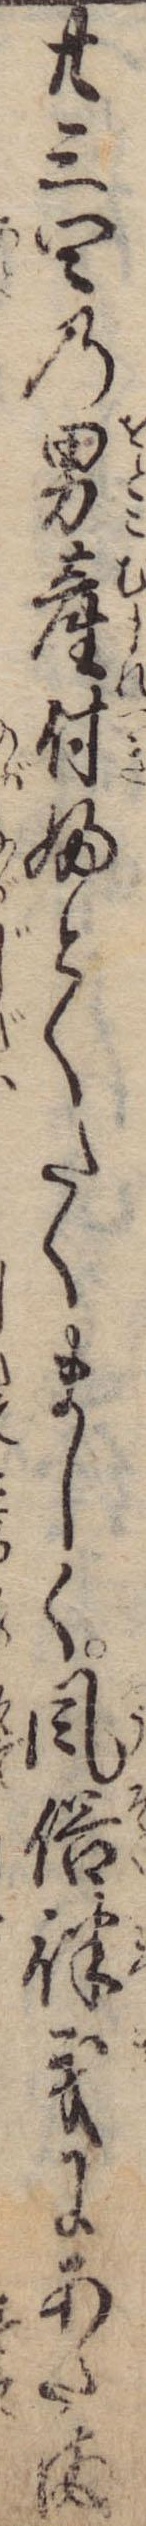
廿三四の男産付ふとくたくましく風俗律義にあたま